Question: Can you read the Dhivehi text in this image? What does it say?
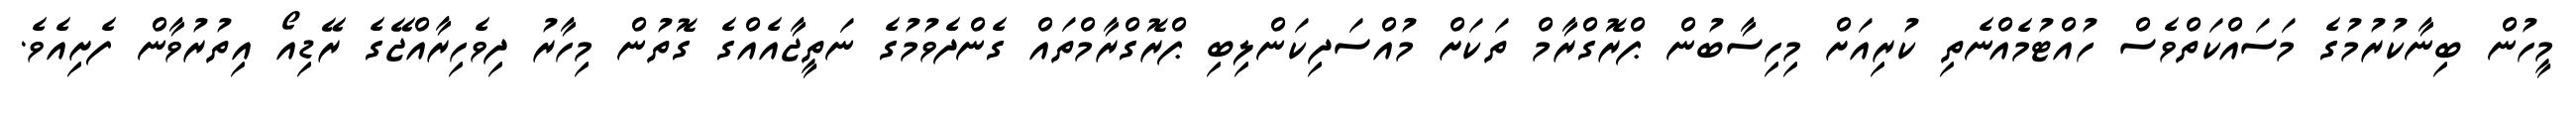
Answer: މީހުން ބިނާކުރުމުގެ މަސައްކަތްވެސް ހުއްޓުމެއްނެތި ކުރިއަށް މިހިސާބުން ޕްރޮގްރާމް ތަކަށް މުއްސަދިކަންލިބި ޕްރޮގްރާމްތައް ގެންދެވުމުގެ ނަތީޖާއެއްގެ ގޮތުން މިހާރު ދިވެހިރާއްޖޭގެ ރޭޑިއޯ އިތުރުވާން ފެށިއެވެ.